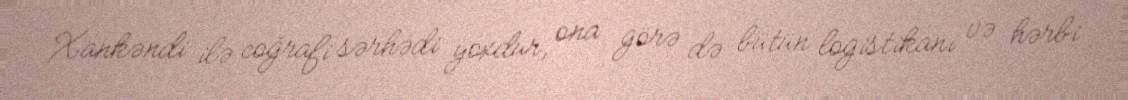
Xankəndi ilə coğrafi sərhədi yoxdur, ona görə də bütün logistikanı və hərbi